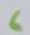
Text: 6